Annual administration report of the Civil Veterinary Department of India - 1893-1894
Year: 1893
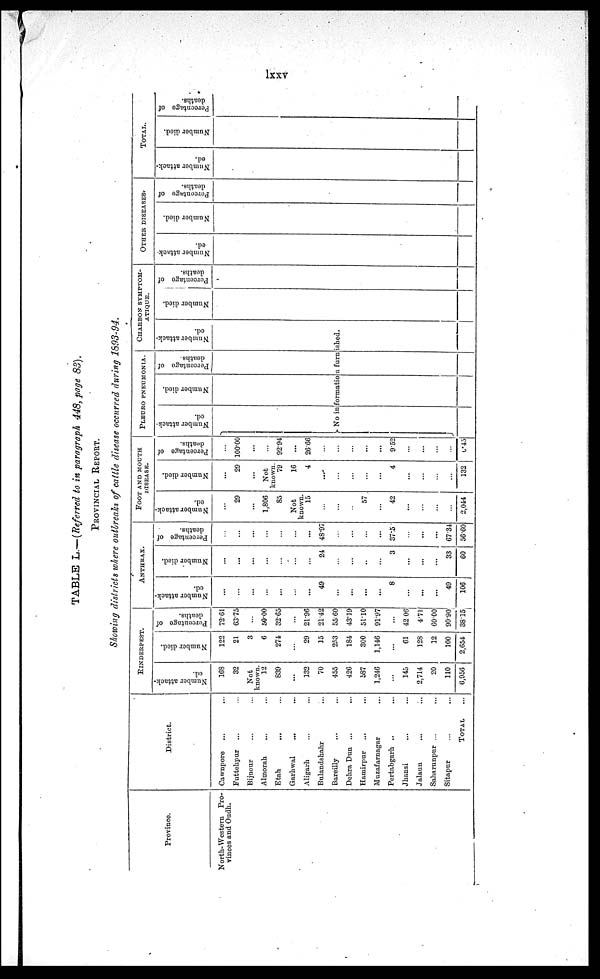
lxxv
TABLE L.—(Referred to in paragraph 448, page 83).
PROVINCIAL REPORT.
Showing districts where outbreaks of cattle disease occurred during 1893-94.
Province.
North-Western Pro-
vinces and Oudh.
District.
Cawnpore ... ...
Futtehpur ... ...
Bijnour ... ...
Almorah ... ...
Etah ... ...
Garhwal ... ...
Aligarh ... ...
Bulandshahr ... ...
Bareilly ... ...
Dehra Dun ... ...
Hamirpur
...
...
Muzafarnagar ... ...
Pertabgarh ... ...
Jhansi ... ...
Jalaun ... ...
Saharunpur ... ...
Sitapur ... ...
TOTAL ...
RINDERPEST.
Number attacked.
16S
32
Not
known.
12
839
...
132
70
455
426
587
1,246
...
145
2,714
20
110
6,956
Number died.
122
21
3
6
274
...
29
35
253
184
300
1,146
...
61
128
12
100
2,654
Percentage of deaths.
72.61
63.75
...
50.00
32.65
...
21.96
21.42
55.60
43.19
51.10
91.97
...
42.06
4.71
60.00
90.90
38.15
ANTHRAX.
Number attacked.
...
...
...
...
...
...
...
49
...
...
...
...
8
...
...
...
49
106
Number died.
...
...
...
...
...
...
...
24
...
...
...
...
3
...
...
...
33
60
Percentage of deaths.
...
...
...
...
...
...
...
48.97
...
...
...
...
37.5
...
...
...
67.34
56.60
FOOT AND MOUTH
DISEASE.
Number attacked.
...
29
...
1,806
85
Not
known.
15
...
...
...
57
...
42
...
...
...
...
2,044
Number died.
...
29
...
Not
known.
79
16
4
...
...
...
...
...
4
...
...
...
...
132
Percentage of deaths.
...
100.00
...
9294
...
26.66
...
...
...
...
...
9.52
...
...
...
...
6.45
PLEURO PNEUMONIA.
Number attacked. Number died.
Percentage of deaths.
CHARBON SYMPTOM-
ATIQUE.
Number attacked.
No information furnished.
Number died.
Percentage of deaths.
OTHER DISEASES.
Number attacked. Number died.
Percentage of deaths.
TOTAL.
Number attacked.
Number died.
Percentage of deaths.